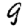
Digit: 9